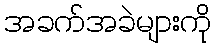
အခက်အခဲများကို